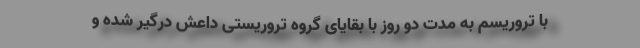
با تروریسم به مدت دو روز با بقایای گروه تروریستی داعش درگیر شده و